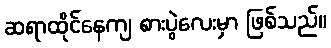
ဆရာထိုင်နေကျ စားပွဲလေးမှာ ဖြစ်သည်။